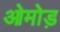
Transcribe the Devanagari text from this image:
ओमोड़